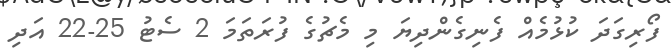
ފޯރިގަދަ ކުޅުމެއް ފެނިގެންދިޔަ މި މެޗުގެ ފުރަތަމަ 2 ސެޓު 25-22 އަދި